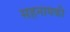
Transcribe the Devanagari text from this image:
सहनायकी